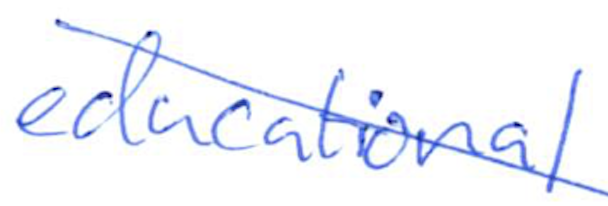
Text: educational
Cross-out: diagonal
Writing tool: ballpoint